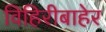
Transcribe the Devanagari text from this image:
विहिरीबाहेर